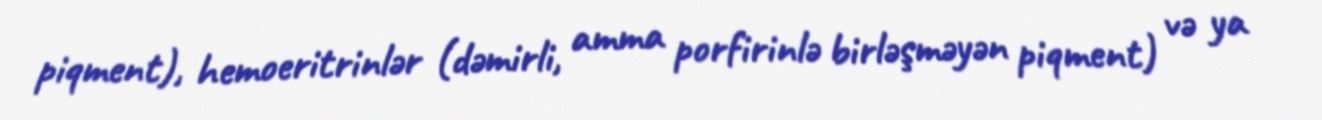
piqment), hemoeritrinlər (dəmirli, amma porfirinlə birləşməyən piqment) və ya